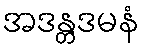
အဒန္တဒမနံ